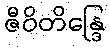
ဇီဝိတိန္ဒြေ